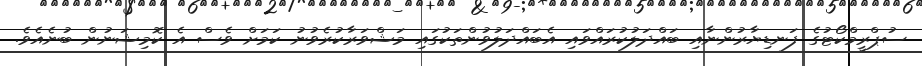
ސުޕްރީމްކޯޓުގެ ފަނޑިޔާރުންނާއި ބައްދަލުކުރައްވައި އެބައްދަލުވުންތަކުގައި މަޝްވަރާކުރެވުނު ކަމަށް ވެސް އެ ކޮމިޝަނުން ބުނެއެވެ.